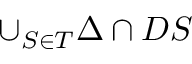
\cup _ { S \in T } \Delta \cap D S